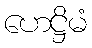
ဟေဋ္ဌိမံ